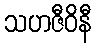
သဟဇီဝိနီ